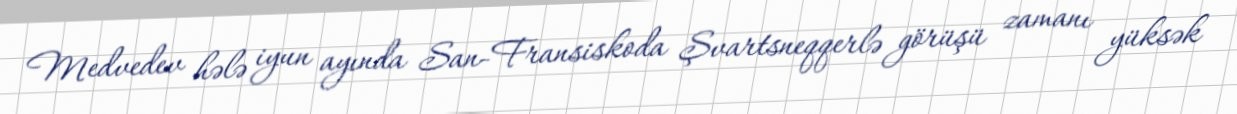
Medvedev hələ iyun ayında San-Fransiskoda Şvartsneqqerlə görüşü zamanı yüksək